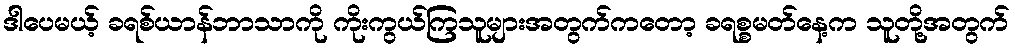
ဒါပေမယ့် ခရစ်ယာန်ဘာသာကို ကိုးကွယ်ကြသူများအတွက်ကတော့ ခရစ္စမတ်နေ့က သူတို့အတွက်